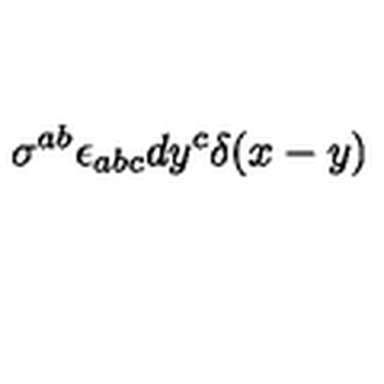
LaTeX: \sigma ^ { a b } \epsilon _ { a b c } d y ^ { c } \delta ( x - y )